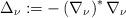
LaTeX: \begin{align*}\Delta _{\nu }:=-\left( \nabla _{\nu }\right) ^{\ast }\nabla _{\nu }\end{align*}